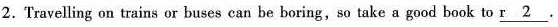
2.Travelling on trains or buses can be boring, so take a good book to \underline{r 2}.